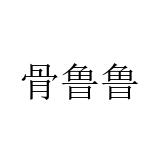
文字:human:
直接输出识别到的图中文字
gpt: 骨鲁鲁